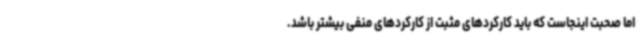
اما صحبت اینجاست که باید کارکردهای مثبت از کارکردهای منفی بیشتر باشد.